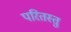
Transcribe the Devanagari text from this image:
परितस्तु